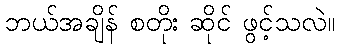
ဘယ်အချိန် စတိုး ဆိုင် ဖွင့်သလဲ။